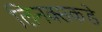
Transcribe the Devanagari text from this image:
लिनक्सकडे